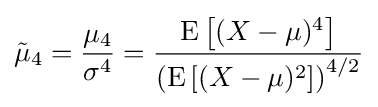
{\tilde {\mu }}_{4}={\frac {\mu _{4}}{\sigma ^{4}}}={\frac {\operatorname {E} \left[(X-\mu )^{4}\right]}{\left(\operatorname {E} \left[(X-\mu )^{2}\right]\right)^{4/2}}}